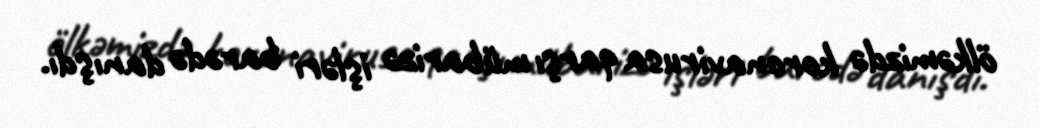
ölkəmizdə koronavirusa qarşı mübarizə işləri barədə danışdı.